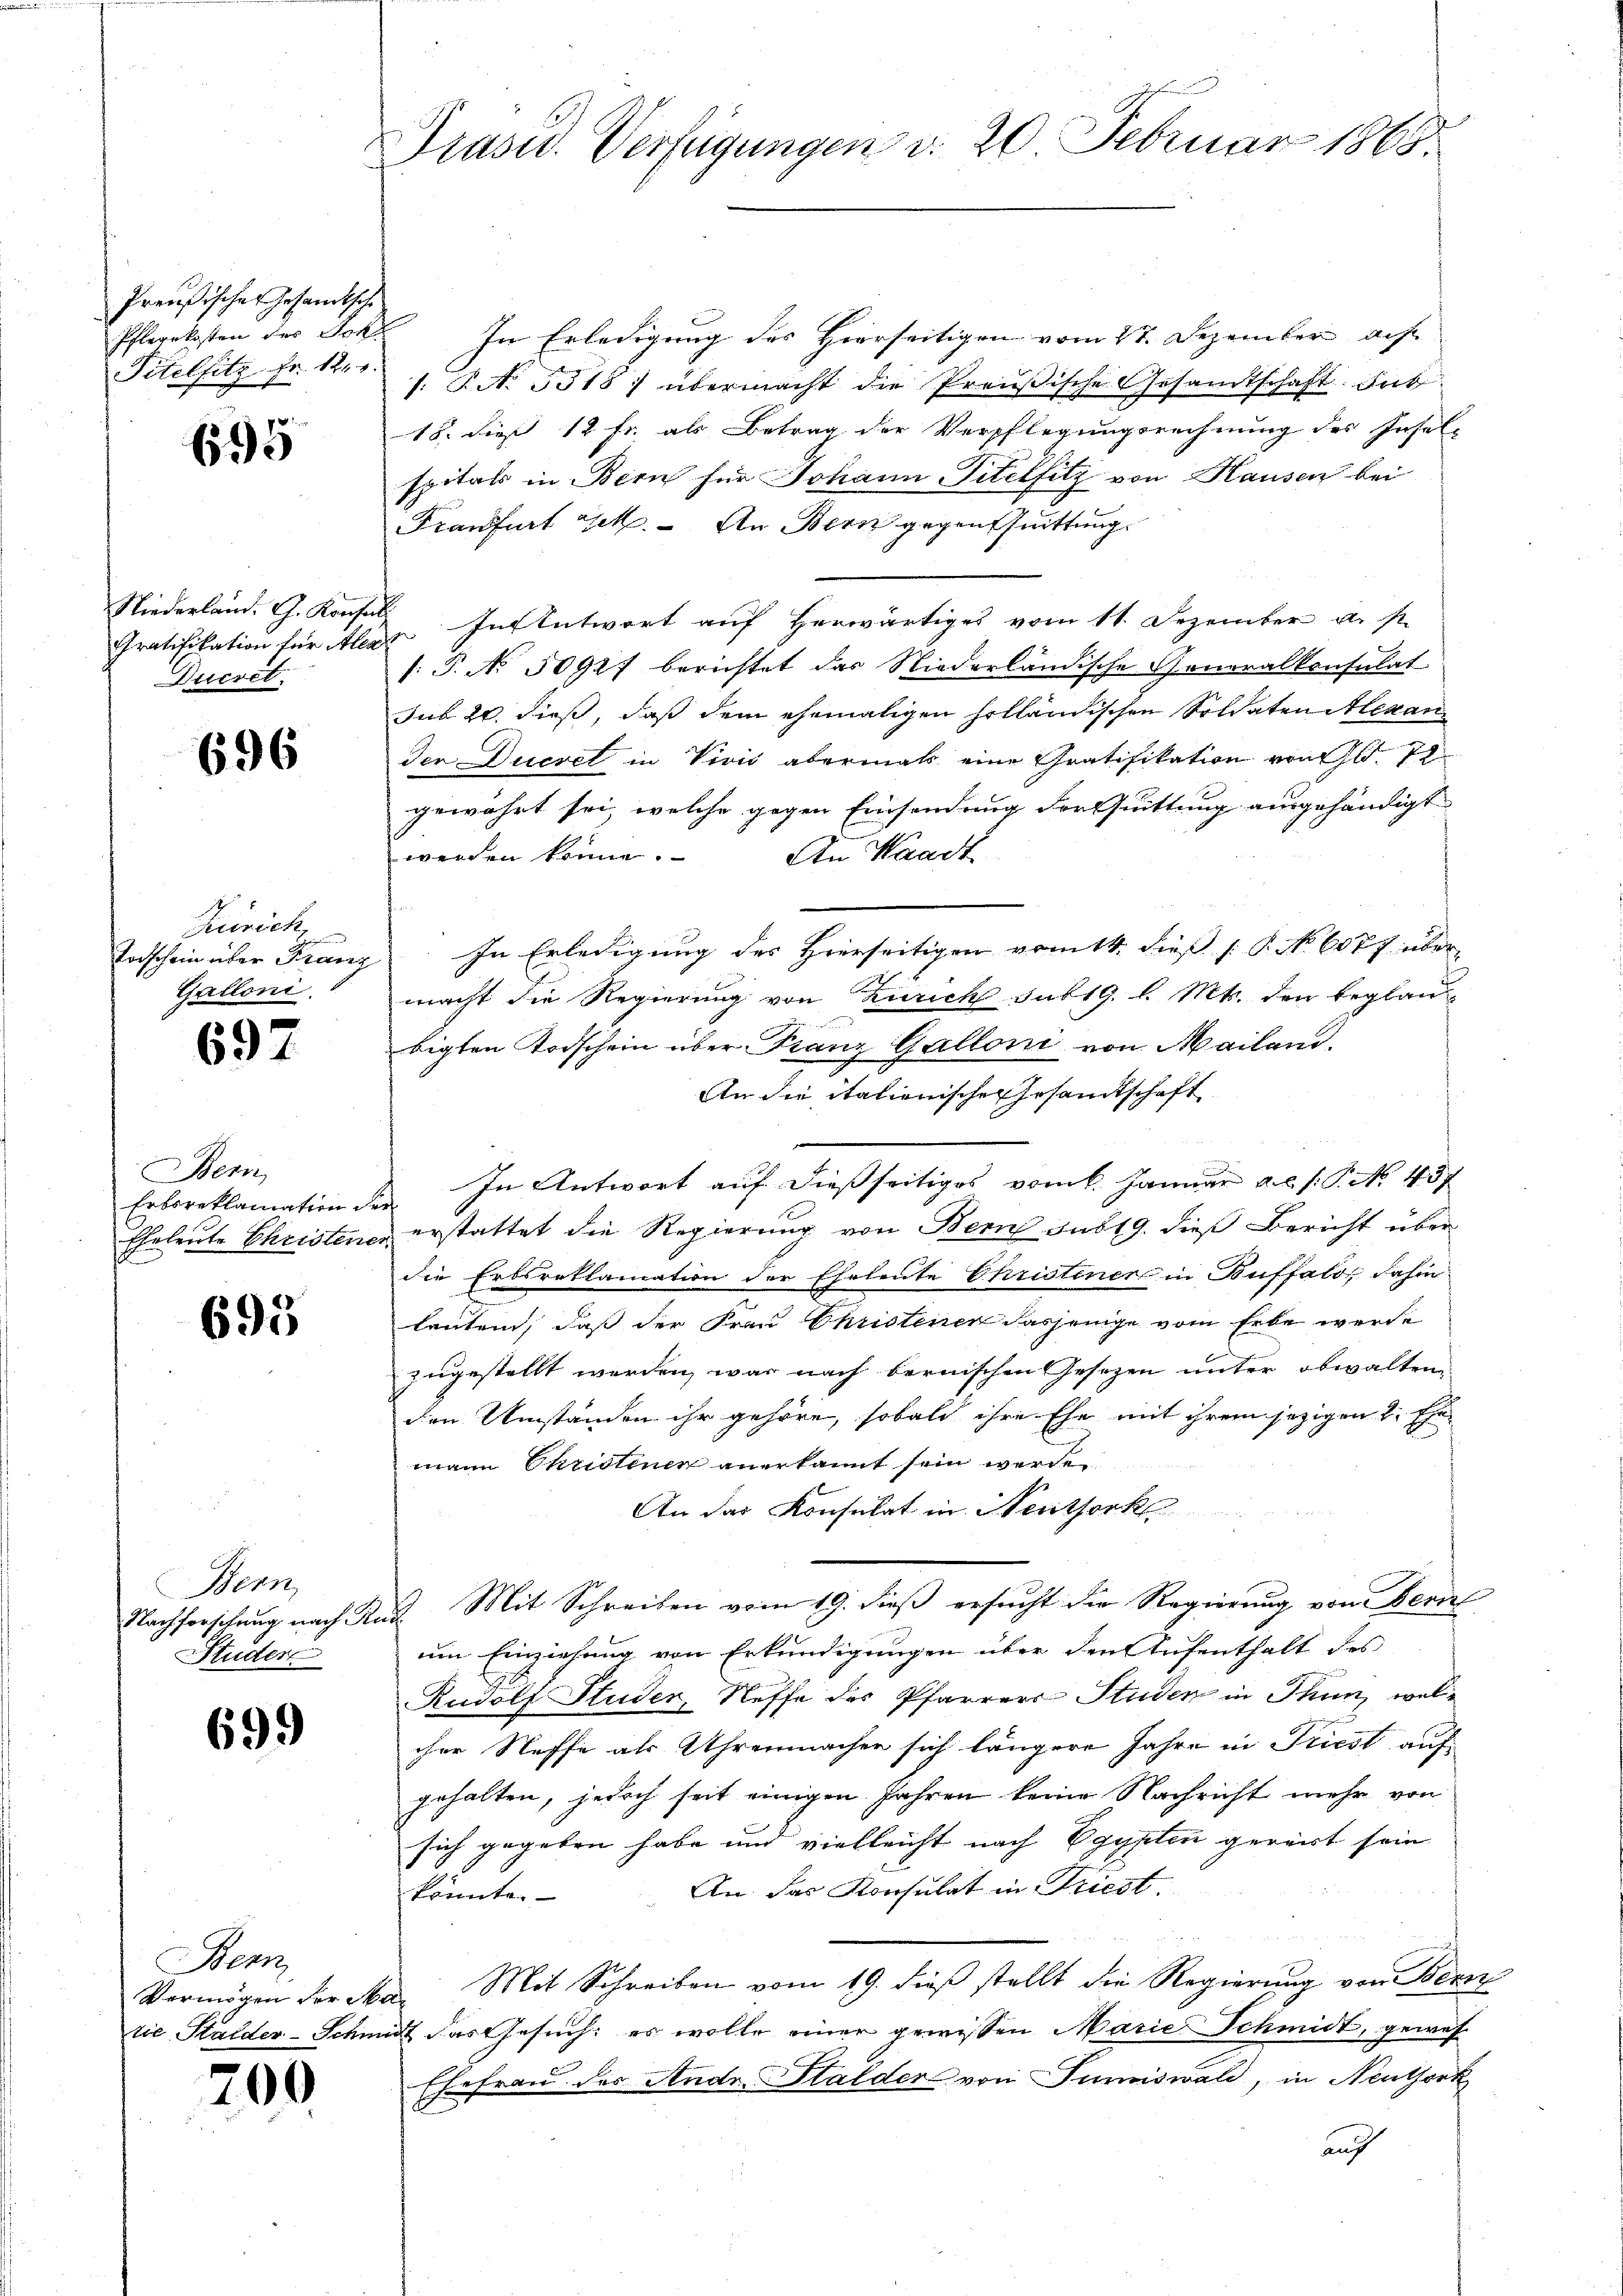
Preußisches Gesandtsche
Pfarrkosten der Joha
Titelsitz Fr. 12. r.

695

Niederland. G. Konse
Gratifikation für Alla
Ducret.

696

Zürich,
Torschein über Franz
Galloni.

697

Bern
Erboreklamation der
Eheleute Christene

695

Bern,
Studere

699

Bern

200

Präsid. Verfügungen d. 20 Februar 1865.

In Erledigung des Hierseitigen vom 27. Dezember acht
: No 3518) übermacht die Preußische Gesandtschaft. Fab
18. dieß 12 fr. als Betrag der Verpflegungsrechnung des Insel-
spitals in Bern für Johann Titelfitz von Hausen bei
Franfurt get. - An Bern gegentuittung.
 In Antwort auf herwärtiges vom 11. Dezember u. s.
e
.P. No 5091f berichtet das Niederländische Generalkonsulat
sub 20. dieß, daß dem ehemaligen holländischen Soldaten Alexanden Ducret in Vivić abermals eine Gratifikation von Gl. 72
gewährt sei, welche gegen Einsendung der Quittung ausgehändigt
werden könne.
An Waadt
In Erledigung des Hierseitigen vom 14. dieß (S. 607 über
macht die Regierung von Zürich sub 19. l. Mts. den beglau
bigten Todschein über Franz Galloni von Mailand.
An die itationische Gesandtschaft
 In Antwort auf dießseitiges vom l. Januar a.c. s. P. No. 437.
erstattet die Regierung von Bern sub 19. dieß Bericht über
die Erbsreklamation der Eheleute Christiner in Buffalo, dahin
lautend, daß der Frau Christener dasjenige vom Erbe werde
zugestellt werden, was nach bernischen Gesezen unter obwaltene
den Umständen ihr gehöre, sobald ihre Ehe mit ihrem jezigen L. Ehe-
mann Christenen anerkannt sein werden.
An das Konsulat in Neuthork
Nachforschung nach And. Mit Schreiben vom 19. dieß ersucht die Regierung von Beri
um Einziehung von Erkundigungen über den Aufenthalt des
Rudolf Studer, Neffe des Pfarrers Studen in Thun, welcher Steffe als Uhrenmachen sich längere Jahre in Kiest auf
gehalten, jedoch seit einigen Jahren keine Nachricht mehr von
sich gegeben habe und vielleicht nach Egypten gereist sein
An das Konsulat in Triest.
könnte.
Vermögen der Ma. Mit Schreiben vom 19. dieß stellt die Regierung von Bern
tie Stalder-Schmidt das Gesuch: es wolle einer gewissen Marie Schmidt, gewese
Ehefrau der Andr. Stalder von Summiswald, in Neuthork
auf